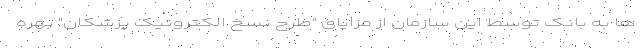
ها به بانک توسط این سازمان از مزایای "طرح نسخ الکترونیک پزشکان" بهره